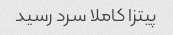
پیتزا کاملا سرد رسید